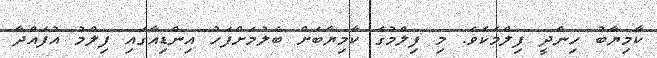
ކާމިޔާބު ހިންދީ ފިލްމެކެވެ. މި ފިލްމުގެ ކާމިޔާބަށް ބެލުމަށްފަހު އިންޑިއާގައި ފިލްމު އުފައްދާ